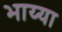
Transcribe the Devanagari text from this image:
भाय्या